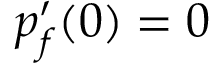
p _ { f } ^ { \prime } ( 0 ) = 0